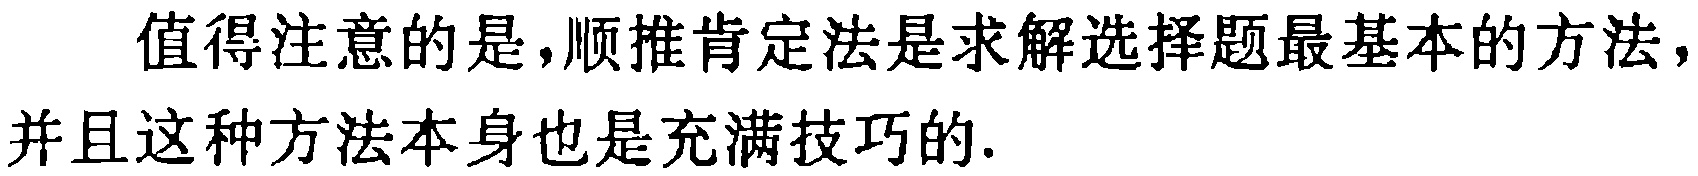
值得注意的是，顺推肯定法是求解选择题最基本的方法，并且这种方法本身也是充满技巧的.